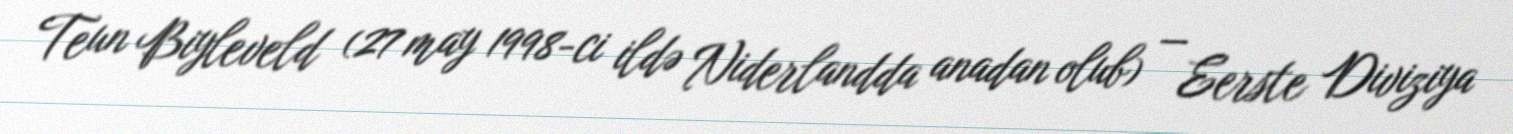
Teun Biyleveld (27 may 1998-ci ildə Niderlandda anadan olub) — Eerste Diviziya